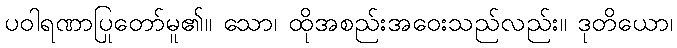
ပဝါရဏာပြုတော်မူ၏။ သော၊ ထိုအစည်းအဝေးသည်လည်း။ ဒုတိယော၊